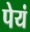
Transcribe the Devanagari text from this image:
पेयं